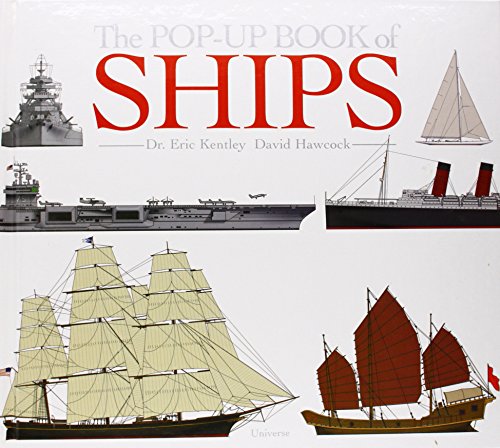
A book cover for The Pop-up Book of Ships; David Hawcock; Children's Books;